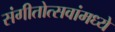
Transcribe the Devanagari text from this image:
संगीतोत्सवांमध्ये